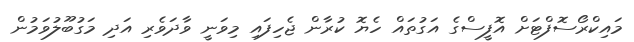
މައިކްރޯސޮފްޓަށް އޮފީސްގެ އަގުތައް ހެޔޮ ކުރާން ޖެހިފައި މިވަނީ ވާދަވެރި އަދި މަގުބޫލުވަމުން